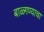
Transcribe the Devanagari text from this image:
बाळ्गण्याचा